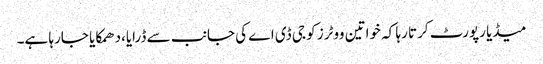
میڈیا رپورٹ کرتا رہا کہ خواتین ووٹرز کو جی ڈی اے کی جانب سے ڈرایا،دھمکایا جارہا ہے۔